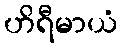
ဟိရီမာယံ